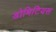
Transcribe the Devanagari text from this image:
डोमिटियस